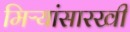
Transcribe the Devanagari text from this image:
मिऱ्यांसारखी